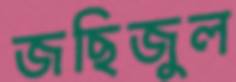
জছিজুল